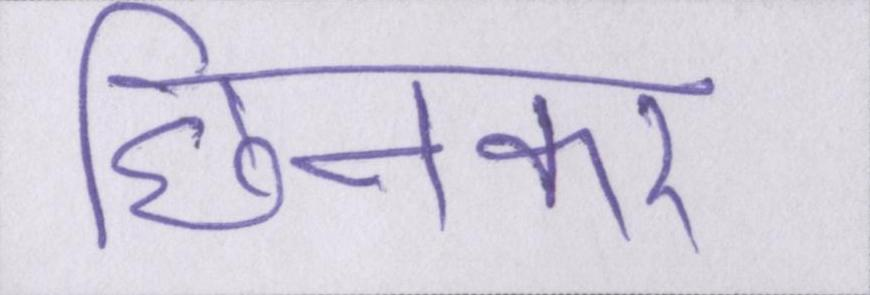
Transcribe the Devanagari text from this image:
छिनकर